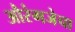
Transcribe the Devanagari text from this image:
औरंगजेचा